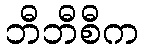
ဘီဘီစီက